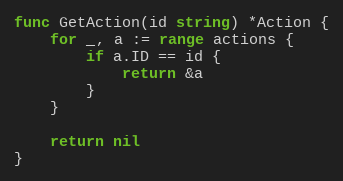
Language: Go
func GetAction(id string) *Action {
	for _, a := range actions {
		if a.ID == id {
			return &a
		}
	}

	return nil
}